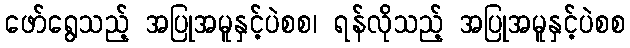
ဖော်ရွေသည့် အပြုအမူနှင့်ပဲစစ၊ ရန်လိုသည့် အပြုအမူနှင့်ပဲစစ